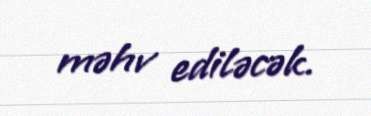
məhv ediləcək.